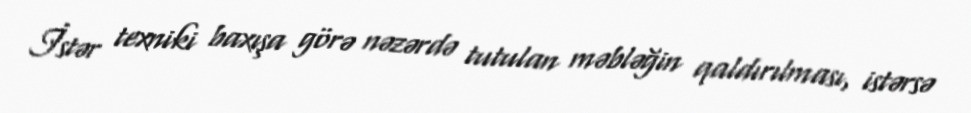
İstər texniki baxışa görə nəzərdə tutulan məbləğin qaldırılması, istərsə